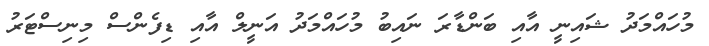
މުހައްމަދު ޝައިނީ އާއި ބަންޑާރަ ނައިބު މުހައްމަދު އަނީލް އާއި ޑިފެންސް މިނިސްޓަރު